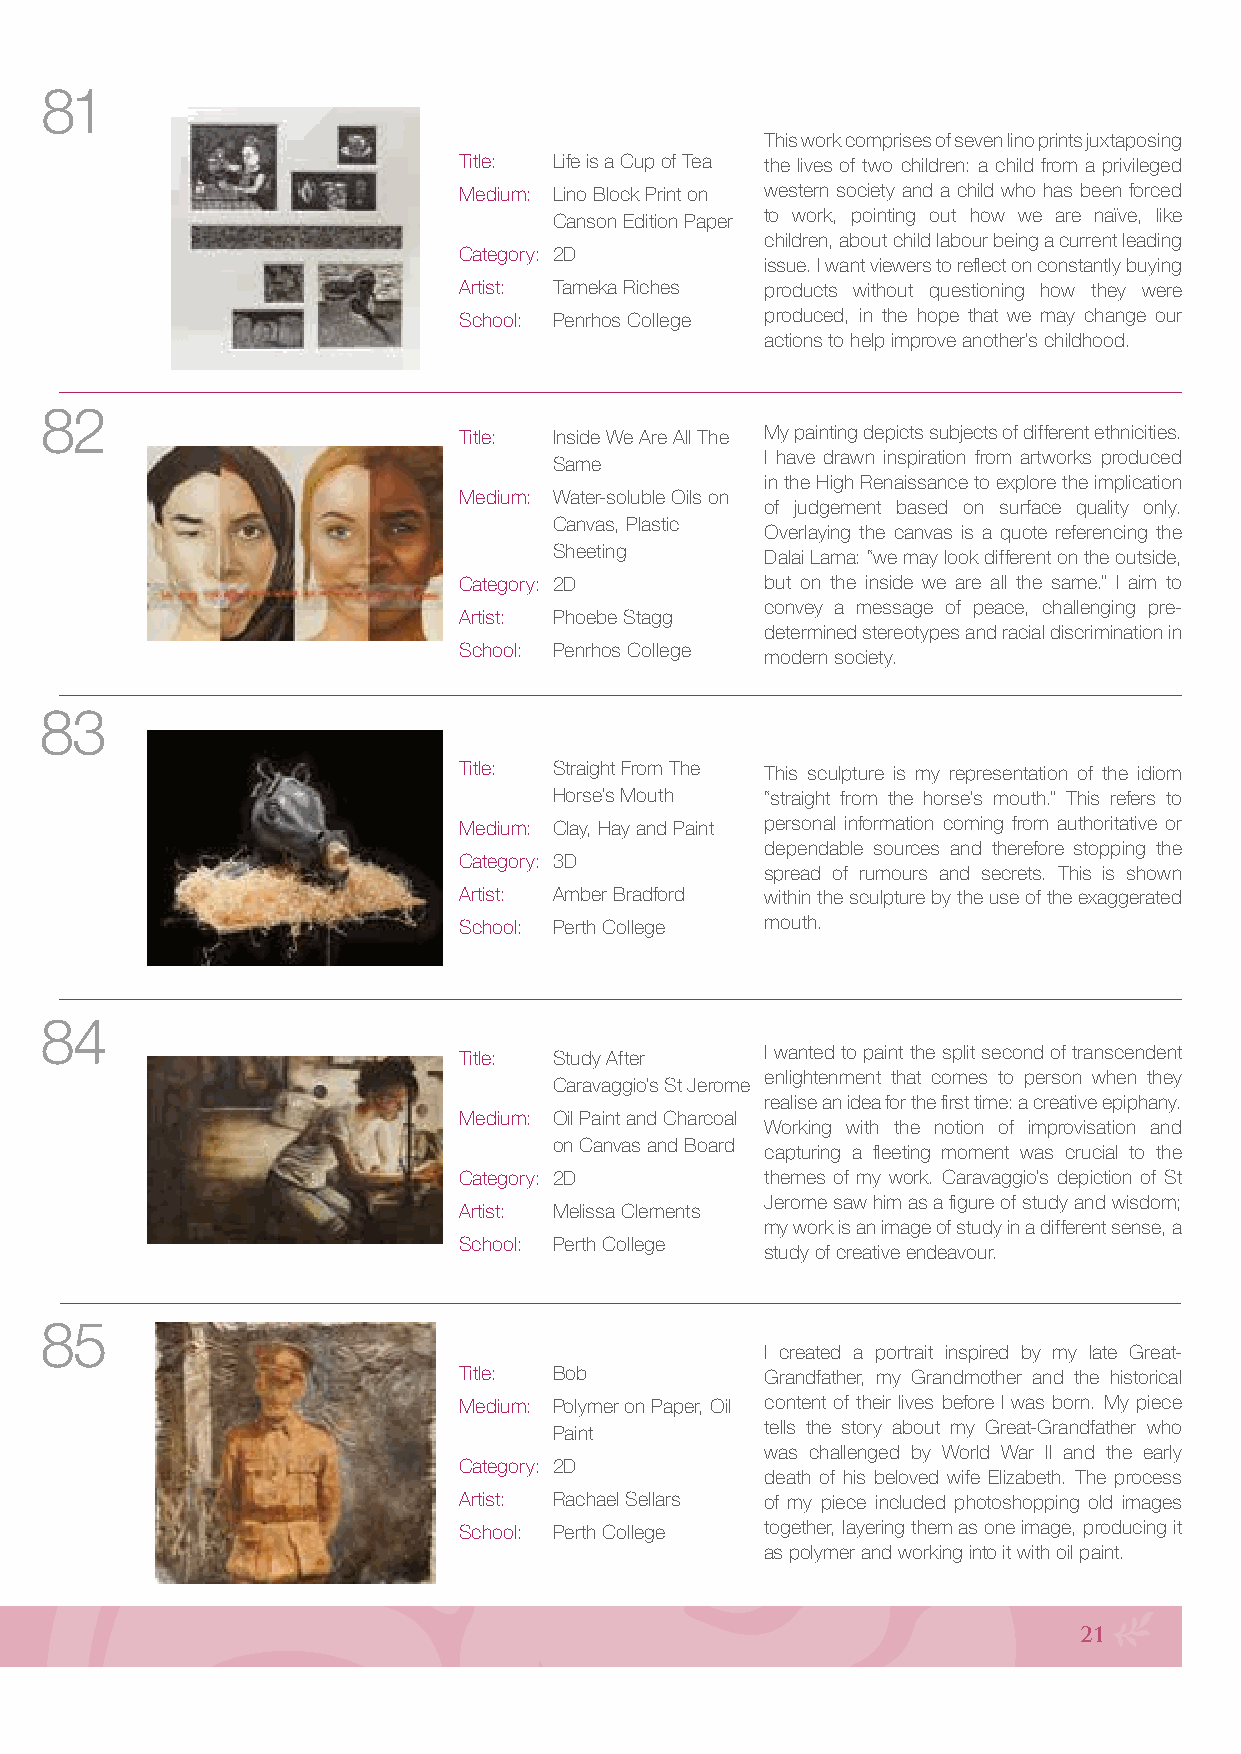
81
 This work comprises of seven lino prints juxtaposing
 Title: Life is a Cup of Tea the lives of two children: a child from a privileged
 Medium: Lino Block Print on western society and a child who has been forced
 to work, pointing out how we are naïve, like
 Canson Edition Paper
 children, about child labour being a current leading
 Category: 2D
 issue. I want viewers to reflect on constantly buying
 Artist: Tameka Riches products without questioning how they were
 School: Penrhos College produced, in the hope that we may change our
 actions to help improve another’s childhood.
 82
 Title: Inside We Are All The My painting depicts subjects of different ethnicities.
 I have drawn inspiration from artworks produced
 Same
 in the High Renaissance to explore the implication
 Medium: Water-soluble Oils on
 of judgement based on surface quality only.
 Canvas, Plastic
 Overlaying the canvas is a quote referencing the
 Sheeting      Dalai Lama: “we may look different on the outside,
 Category: 2D         but on the inside we are all the same.” I aim to
 convey a message of peace, challenging pre-
 Artist: Phoebe Stagg
 determined stereotypes and racial discrimination in
 School: Penrhos College
 modern society.
 83
 Title: Straight From The This sculpture is my representation of the idiom
 Horse’s Mouth “straight from the horse’s mouth.” This refers to
 Medium: Clay, Hay and Paint personal information coming from authoritative or
 dependable sources and therefore stopping the
 Category: 3D
 spread of rumours and secrets. This is shown
 Artist: Amber Bradford within the sculpture by the use of the exaggerated
 School: Perth College mouth.
 84
 Title: Study After   I wanted to paint the split second of transcendent
 enlightenment that comes to person when they
 Caravaggio’s St Jerome
 realise an idea for the first time: a creative epiphany.
 Medium: Oil Paint and Charcoal
 Working with the notion of improvisation and
 on Canvas and Board
 capturing a fleeting moment was crucial to the
 Category: 2D         themes of my work. Caravaggio’s depiction of St
 Jerome saw him as a figure of study and wisdom;
 Artist: Melissa Clements
 my work is an image of study in a different sense, a
 School: Perth College
 study of creative endeavour.
 85
 I created a portrait inspired by my late Great-
 Title: Bob           Grandfather, my Grandmother and the historical
 Medium: Polymer on Paper, Oil content of their lives before I was born. My piece
 Paint         tells the story about my Great-Grandfather who
 was challenged by World War II and the early
 Category: 2D
 death of his beloved wife Elizabeth. The process
 Artist: Rachael Sellars of my piece included photoshopping old images
 School: Perth College together, layering them as one image, producing it
 as polymer and working into it with oil paint.
 21